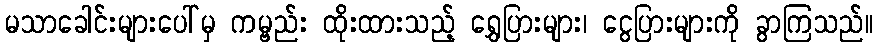
မသာခေါင်းများပေါ်မှ ကမ္ဗည်း ထိုးထားသည့် ရွှေပြားများ၊ ငွေပြားများကို ခွာကြသည်။